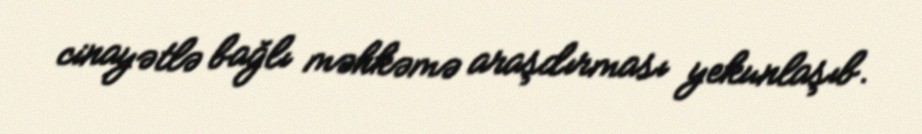
cinayətlə bağlı məhkəmə araşdırması yekunlaşıb.